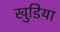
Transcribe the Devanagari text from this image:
खुडिया